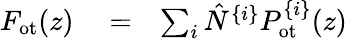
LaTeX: \begin{array}{rlr}{F_{\mathrm{ot}}(z)}&{{}=}&{\sum_{i}\hat{N}^{\{ i\} }P_{\mathrm{ot}}^{\{ i\} }(z)}\end{array}